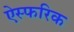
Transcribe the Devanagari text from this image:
ऐस्फरिक